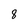
Character: 8